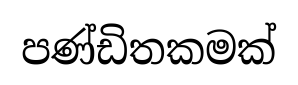
පණ්ඩිතකමක්